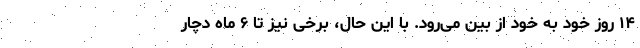
۱۴ روز خود به خود از بین می‌رود. با این حال، برخی نیز تا ۶ ماه دچار